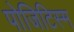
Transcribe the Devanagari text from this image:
पोजिटिस्म